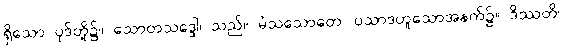
ရှိသော ပုဒ်တို့၌။ သောတသဒ္ဒေါ၊ သည်။ မံသသောတေ၊ ပသာဒဟူသောအနက်၌။ ဒိဿတိ၊